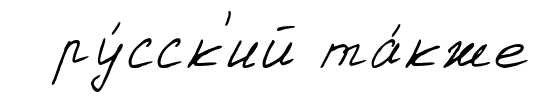
ру́сск'ий та́кже